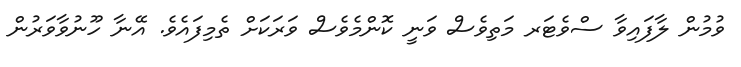
ވުމުން ލާފައިވާ ސްވެޓަރ މަތިވެސް ވަނީ ކޮންމެވެސް ވަރަކަށް ތެމިފައެވެ. އޭނާ ހޫނުވާވަރުން